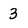
Character: 3